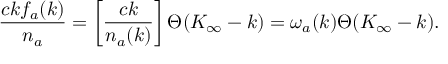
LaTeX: { \frac { c k f _ { a } ( k ) } { n _ { a } } } = \left[ { \frac { c k } { n _ { a } ( k ) } } \right] \Theta ( K _ { \infty } - k ) = \omega _ { a } ( k ) \Theta ( K _ { \infty } - k ) .